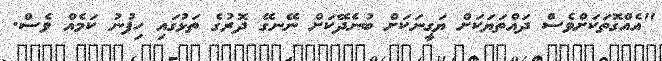
"އެއްގޮތަކަށްވެސް ދައްތަޔަކަށް ޔަގީނަކަށް ބުނެދޭކަށް ނޭނގޭ ދޮރުގެ ތަޅުގައި ހިފުނު ކަމެއް ވެސް.